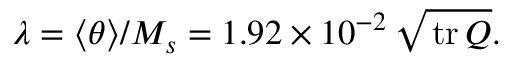
\lambda = \langle \theta \rangle / M _ { s } = 1 . 9 2 \times 1 0 ^ { - 2 } \, \sqrt { { \, \mathrm { t r \, } } Q } .